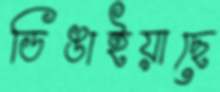
ডিঙাইয়াছে